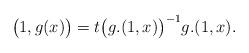
LaTeX: \begin{gather*}\big(1,g(x)\big) = t\big(g.(1,x)\big)^{-1} g.(1,x).\end{gather*}